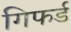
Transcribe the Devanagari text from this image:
गिफर्ड